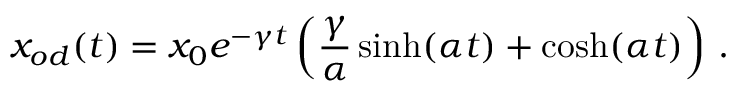
x _ { o d } ( t ) = x _ { 0 } e ^ { - \gamma t } \left( \frac { \gamma } { \alpha } \sinh ( \alpha t ) + \cosh ( \alpha t ) \right) \, .